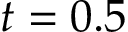
t = 0 . 5